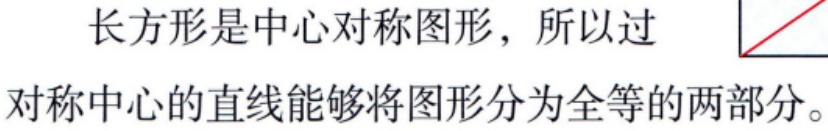
长方形是中心对称图形，所以过对称中心的直线能够将图形分为全等的两部分。